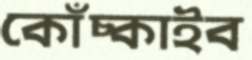
কোঁচ্‌কাইব